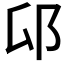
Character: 𰻟